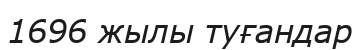
1696 жылы туғандар